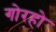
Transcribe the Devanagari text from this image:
गोरहो